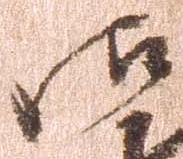
御